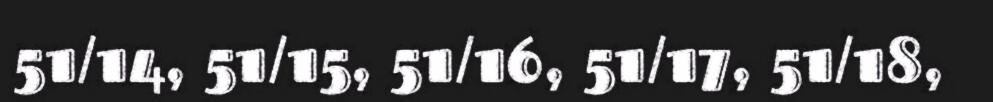
51/14, 51/15, 51/16, 51/17, 51/18,